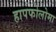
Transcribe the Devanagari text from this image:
हापफोलोमा